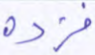
فزده